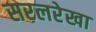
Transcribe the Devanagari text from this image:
सरलरेखा